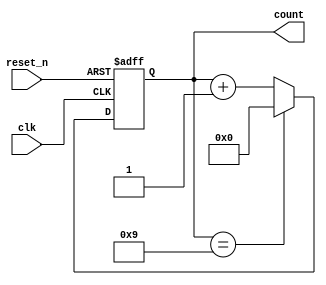
module BCD_Counter (
    input wire clk,          // Clock input
    input wire reset_n,     // Active-low asynchronous reset
    output reg [3:0] count   // 4-bit BCD output
);

// Asynchronous reset and counting logic
always @(posedge clk or negedge reset_n) begin
    if (!reset_n) begin
        count <= 4'b0000;  // Reset the count to 0
    end else if (count == 4'b1001) begin
        count <= 4'b0000;  // Reset to 0 when count reaches 10 (1010)
    end else begin
        count <= count + 1; // Increment the count
    end
end

endmodule